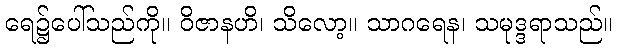
ရေ၌ပေါ်သည်ကို။ ဝိဇာနဟိ၊ သိလော့။ သာဂရေန၊ သမုဒ္ဒရာသည်။